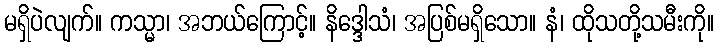
မရှိပဲလျက်။ ကသ္မာ၊ အဘယ်ကြောင့်။ နိဒ္ဒေါသံ၊ အပြစ်မရှိသော။ နံ၊ ထိုသတို့သမီးကို။